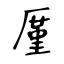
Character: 厪